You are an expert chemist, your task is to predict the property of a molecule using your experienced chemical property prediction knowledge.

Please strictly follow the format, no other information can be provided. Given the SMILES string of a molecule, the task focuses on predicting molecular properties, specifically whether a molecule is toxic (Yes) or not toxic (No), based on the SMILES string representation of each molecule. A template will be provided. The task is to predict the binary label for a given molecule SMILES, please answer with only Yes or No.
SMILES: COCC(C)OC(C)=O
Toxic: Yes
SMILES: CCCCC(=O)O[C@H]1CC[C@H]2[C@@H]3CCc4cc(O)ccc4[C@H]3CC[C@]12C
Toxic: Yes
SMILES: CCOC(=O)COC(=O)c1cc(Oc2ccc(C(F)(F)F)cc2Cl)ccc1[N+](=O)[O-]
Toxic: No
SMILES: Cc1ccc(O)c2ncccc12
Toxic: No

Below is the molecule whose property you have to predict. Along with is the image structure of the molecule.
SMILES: CN(C)N=Nc1nc[nH]c1C(N)=O
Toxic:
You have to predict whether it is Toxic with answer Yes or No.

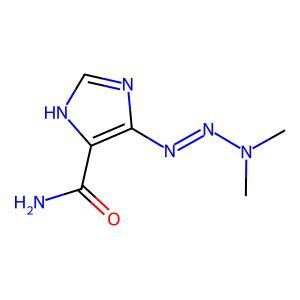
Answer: No